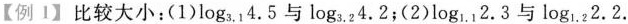
【例1】比较大小:(1)\log_{3.1}4.5与 \log_{3.2}4.2;(2)\log_{1.1}2.3与 \log_{1.2}2.2.